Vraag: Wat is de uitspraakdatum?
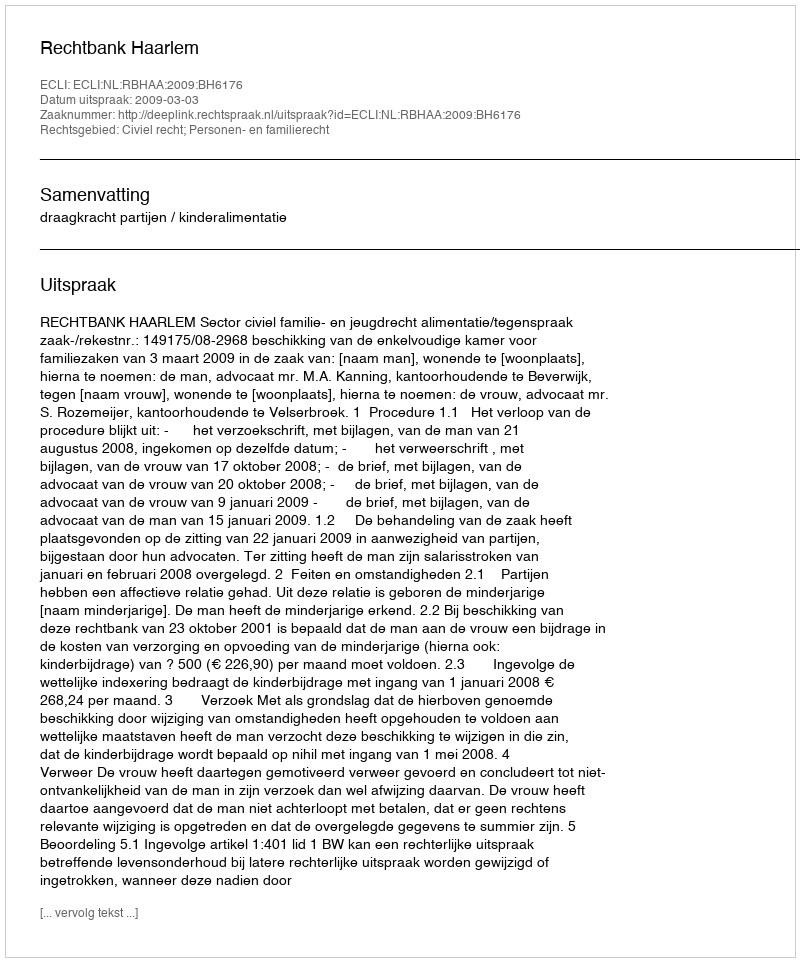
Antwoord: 2009-03-03